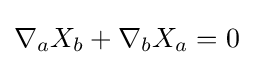
\nabla _{a}X_{b}+\nabla _{b}X_{a}=0